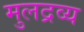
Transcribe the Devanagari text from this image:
मुलद्रव्य